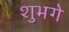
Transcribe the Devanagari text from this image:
शुभगे